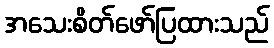
အသေးစိတ်ဖော်ပြထားသည်